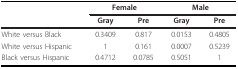
|  | <COLSPAN=2> Female | <COLSPAN=2> Male |
 |  | Gray | Pre | Gray | Pre |
 | --- | --- | --- | --- | --- |
 | White versus Black | 0.3409 | 0.817 | 0.0153 | 0.4805 |
 | White versus Hispanic | 1 | 0.161 | 0.0007 | 0.5239 |
 | Black versus Hispanic | 0.4712 | 0.0785 | 0.5051 | 1 |